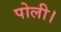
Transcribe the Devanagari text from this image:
पोली।